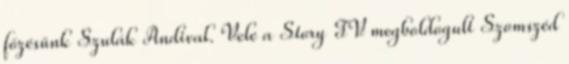
főzésünk Szulák Andival. Vele a Story TV megboldogult Szomszéd